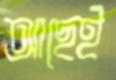
আছেই